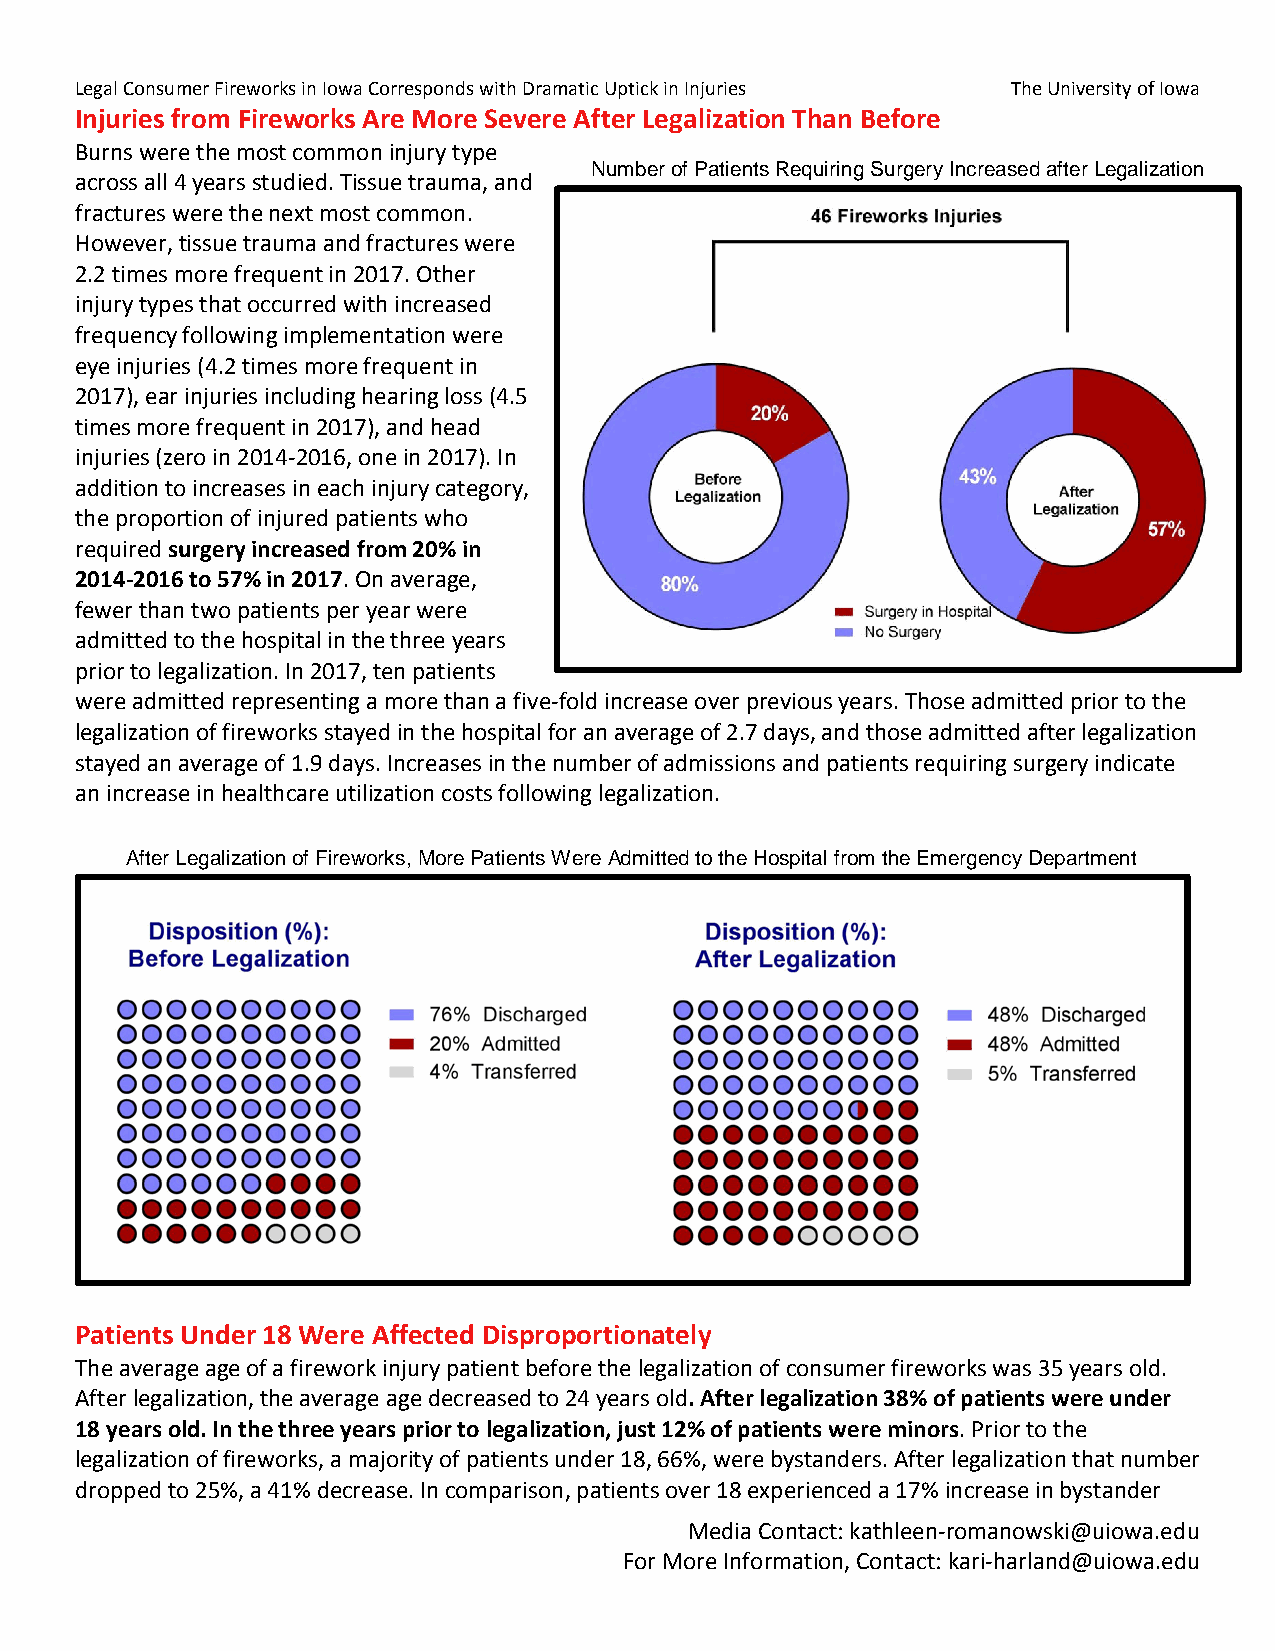
Legal Consumer Fireworks in Iowa Corresponds with Dramatic Uptick in Injuries The University of Iowa
 Injuries from Fireworks Are More Severe After Legalization Than Before
 Burns were the most common injury type
 Number of Patients Requiring Surgery Increased after Legalization
 across all 4 years studied. Tissue trauma, and
 fractures were the next most common.
 However, tissue trauma and fractures were
 2.2 times more frequent in 2017. Other
 injury types that occurred with increased
 frequency following implementation were
 eye injuries (4.2 times more frequent in
 2017), ear injuries including hearing loss (4.5
 times more frequent in 2017), and head
 injuries (zero in 2014-2016, one in 2017). In
 addition to increases in each injury category,
 the proportion of injured patients who
 required surgery increased from 20% in
 2014-2016 to 57% in 2017. On average,
 fewer than two patients per year were
 admitted to the hospital in the three years
 prior to legalization. In 2017, ten patients
 were admitted representing a more than a five-fold increase over previous years. Those admitted prior to the
 legalization of fireworks stayed in the hospital for an average of 2.7 days, and those admitted after legalization
 stayed an average of 1.9 days. Increases in the number of admissions and patients requiring surgery indicate
 an increase in healthcare utilization costs following legalization.
 After Legalization of Fireworks, More Patients Were Admitted to the Hospital from the Emergency Department
 Patients Under 18 Were Affected Disproportionately
 The average age of a firework injury patient before the legalization of consumer fireworks was 35 years old.
 After legalization, the average age decreased to 24 years old. After legalization 38% of patients were under
 18 years old. In the three years prior to legalization, just 12% of patients were minors. Prior to the
 legalization of fireworks, a majority of patients under 18, 66%, were bystanders. After legalization that number
 dropped to 25%, a 41% decrease. In comparison, patients over 18 experienced a 17% increase in bystander
 Media Contact: kathleen-romanowski@uiowa.edu
 For More Information, Contact: kari-harland@uiowa.edu